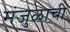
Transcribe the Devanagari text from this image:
मंजुळाची